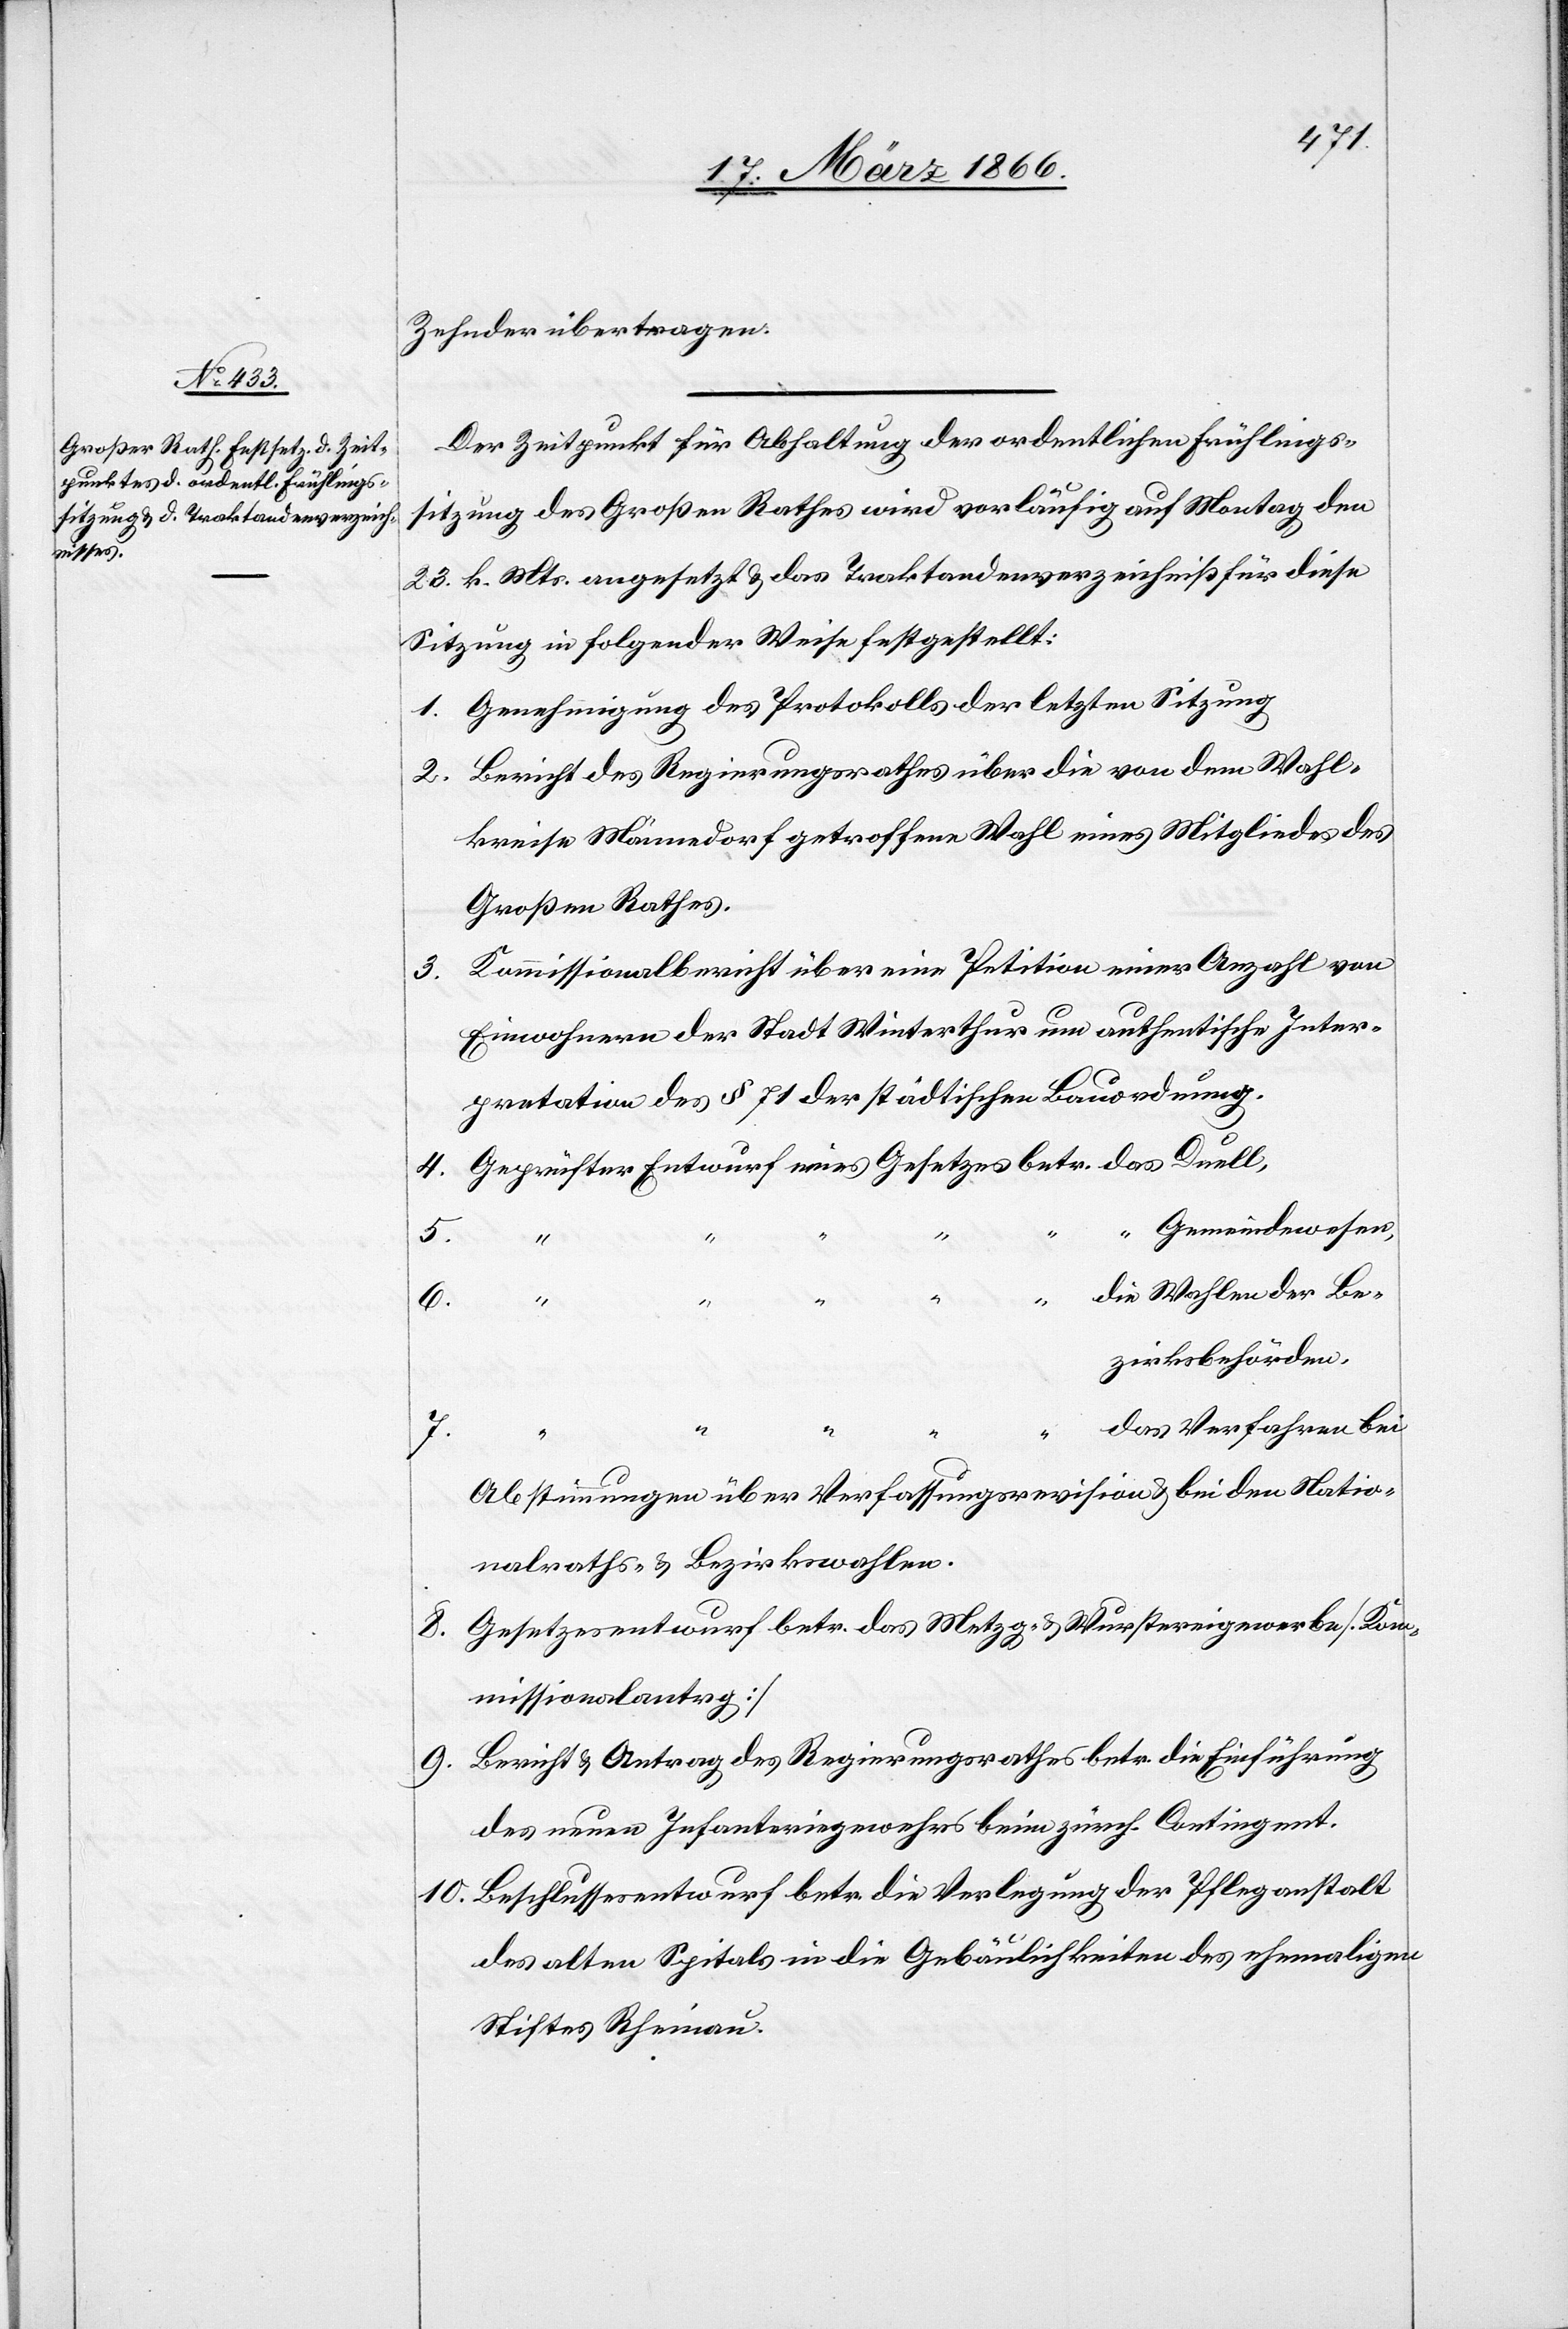
Zehnder übertragen.
Der Zeitpunkt für die Abhaltung der ordentlichen Frühlings¬
sitzung des Großen Rathes wird vorläufig auf Montag den
23. k. Mts. angesetzt u. das Traktandenverzeichniß für diese
Sitzung in folgender Weise festgestellt:
1. Genehmigung des Protokolls der letzten Sitzung.
2. Bericht des Regierungsrathes über die von dem Wahl¬
kreise Männedorf getroffene Wahl eines Mitgliedes des
Großen Rathes.
3. Kommissionalbericht über eine Petition einer Anzahl von
Einwohnern der Stadt Winterthur um authentische Inter¬
pretation des § 71 der städtischen Bauordnung.
4. Geprüfter Entwurf eines Gesetzes betr. das Duell,
“ Gemeindewesen,
die Wahlen der Be¬
8.
zirksbehörden,
das Verfahren bei
7.
Abstimmungen über Verfassungsrevision u. bei den Natio¬
nalraths- u. Bezirkswahlen.
Gesetzesentwurf betr. das Metzg- u. Wurstereigewerbe [Kom¬
5.
misssionalantrag]
9. Bericht u. Antrag des Regierungsrathes betr. die Einführung
des neuen Infanteriegewehrs beim zürch Contingent.
10. Beschlussesentwurf betr die Verlegung der Pfleganstalt
des alten Spitals in die Gebäulichkeiten des ehemaligen
Stiftes Rheinau.